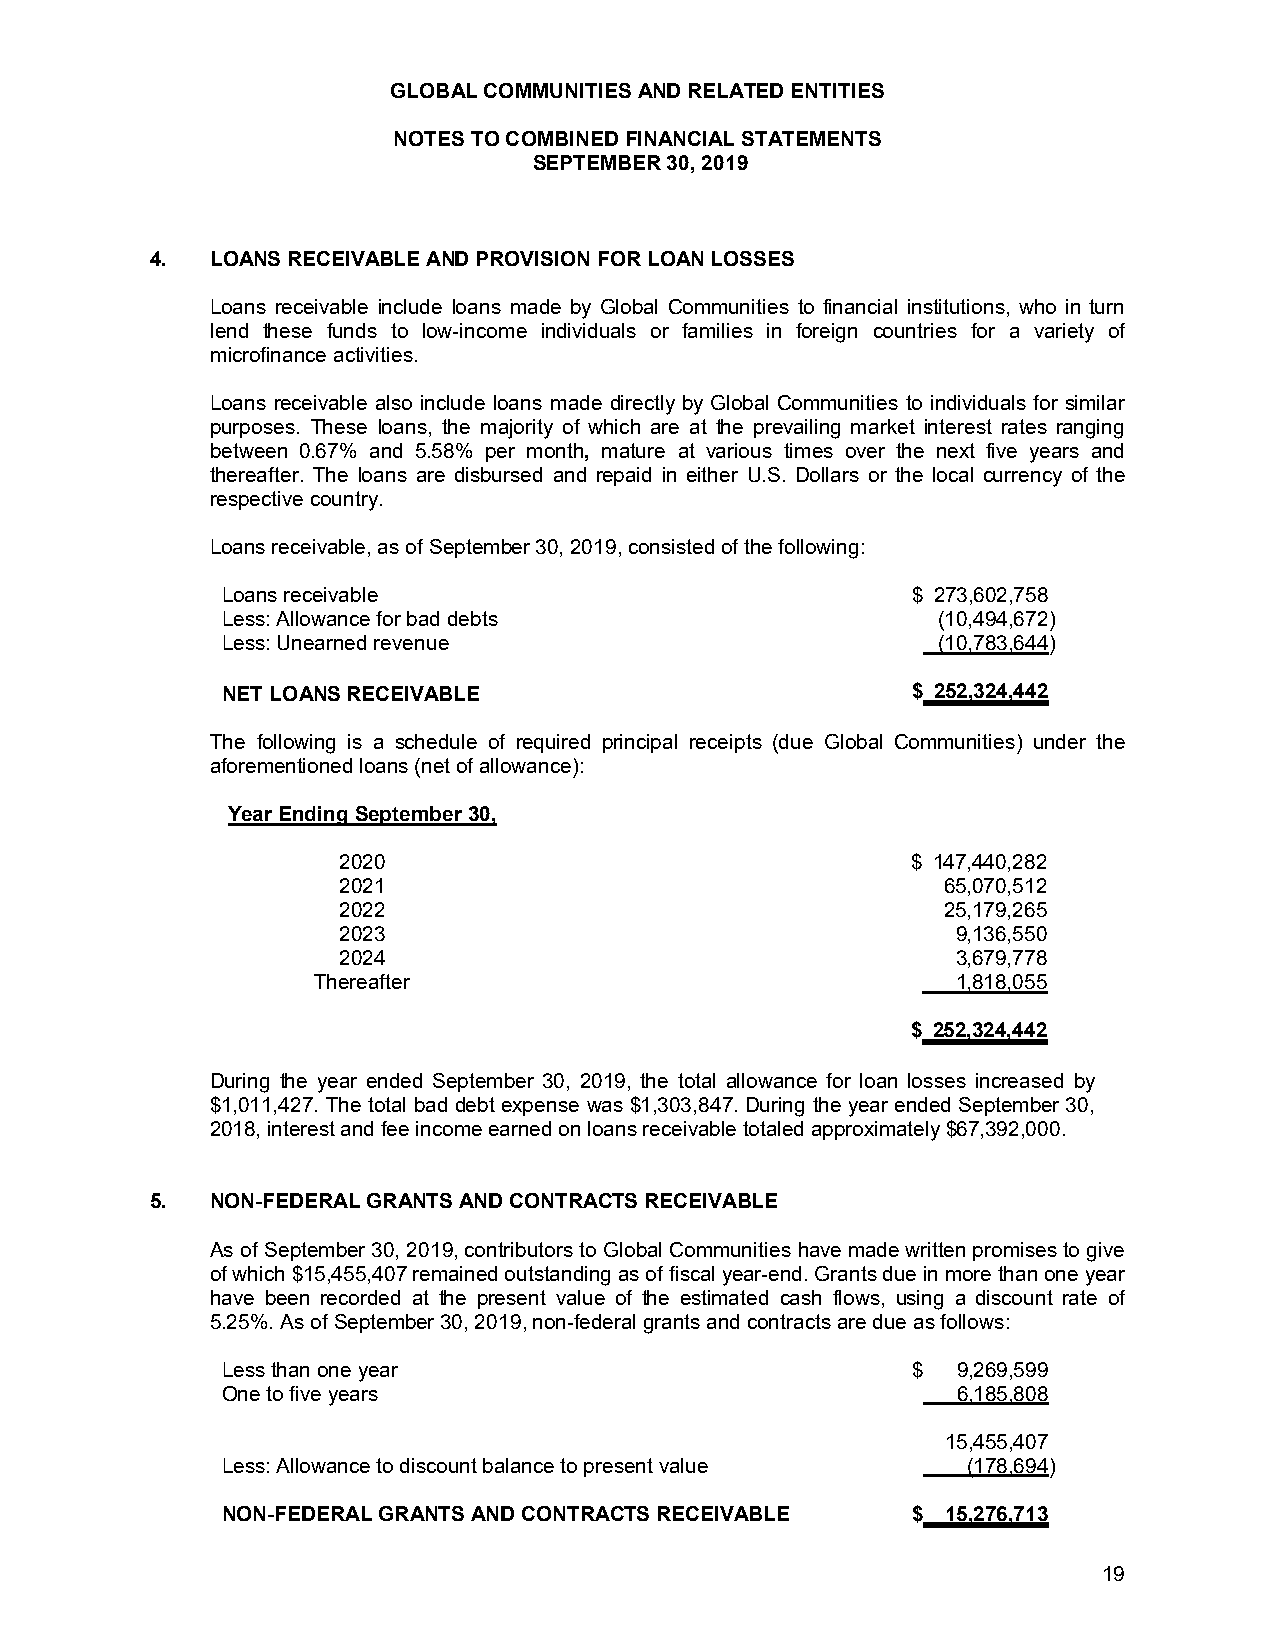
GLOBAL COMMUNITIES AND RELATED ENTITIES
 NOTES TO COMBINED FINANCIAL STATEMENTS
 SEPTEMBER 30, 2019
 4.  LOANS RECEIVABLE AND PROVISION FOR LOAN LOSSES
 Loans receivable include loans made by Global Communities to financial institutions, who in turn
 lend these funds to low-income individuals or families in foreign countries for a variety of
 microfinance activities.
 Loans receivable also include loans made directly by Global Communities to individuals for similar
 purposes. These loans, the majority of which are at the prevailing market interest rates ranging
 between 0.67% and 5.58% per month, mature at various times over the next five years and
 thereafter. The loans are disbursed and repaid in either U.S. Dollars or the local currency of the
 respective country.
 Loans receivable, as of September 30, 2019, consisted of the following:
 Loans receivable                             $ 273,602,758
 Less: Allowance for bad debts                  (10,494,672)
 Less: Unearned revenue                         (10,783,644)
 NET LOANS RECEIVABLE                         $ 252,324,442
 The following is a schedule of required principal receipts (due Global Communities) under the
 aforementioned loans (net of allowance):
 Year Ending September30,
 2020                                  $ 147,440,282
 2021                                    65,070,512
 2022                                    25,179,265
 2023                                     9,136,550
 2024                                     3,679,778
 Thereafter                                1,818,055
 $ 252,324,442
 During the year ended September 30, 2019, the total allowance for loan losses increased by
 $1,011,427. The total bad debt expense was $1,303,847. During the year ended September 30,
 2018, interest and fee income earned on loans receivable totaled approximately $67,392,000.
 5.  NON-FEDERAL GRANTS AND CONTRACTS RECEIVABLE
 As of September 30, 2019, contributors to Global Communities have made written promises to give
 of which $15,455,407 remained outstanding as of fiscal year-end. Grants due in more than one year
 have been recorded at the present value of the estimated cash flows, using a discount rate of
 5.25%. As of September 30, 2019, non-federal grants and contracts are due as follows:
 Less than one year                           $  9,269,599
 One to five years                               6,185,808
 15,455,407
 Less: Allowance to discount balance to present value (178,694)
 NON-FEDERAL GRANTS AND CONTRACTS RECEIVABLE  $  15,276,713
 19